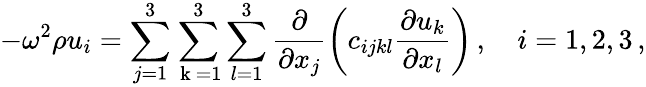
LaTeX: -\omega^{2}\rho u_{i}=\sum_{j=1}^{3}\sum_{\mathrm{~k~}=1}^{3}\sum_{l=1}^{3}\frac{\partial}{\partial x_{j}}\left(c_{ijkl}\frac{\partial u_{k}}{\partial x_{l}}\right)\, ,\quad i=1,2,3\, ,